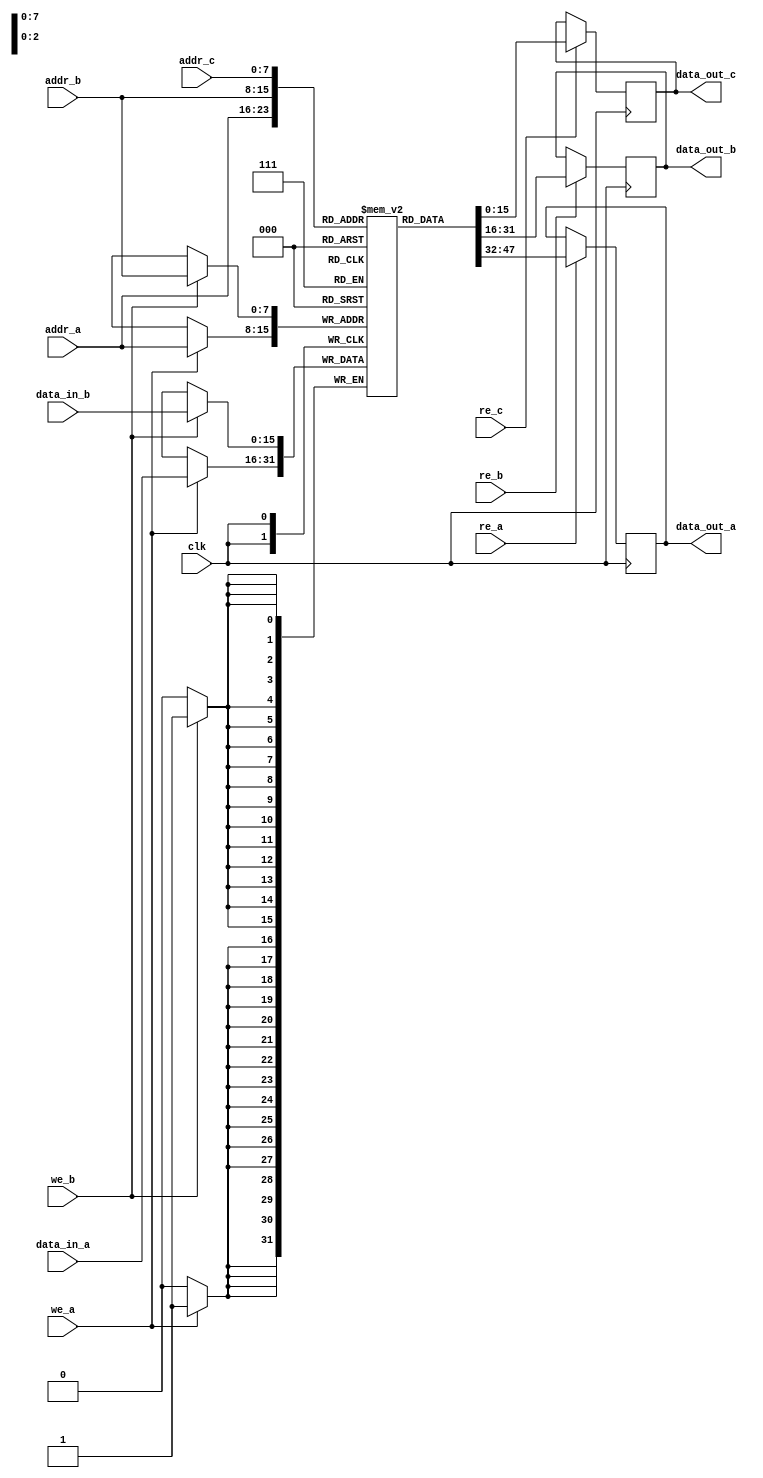
module triple_port_ram #(
    parameter ADDR_WIDTH = 8,    // Number of address bits
    parameter DATA_WIDTH = 16,    // Size of each memory cell
    parameter DEPTH = 256          // Depth of the memory
)(
    input  wire                  clk,         // Clock signal
    input  wire [ADDR_WIDTH-1:0] addr_a,     // Address for Port A
    input  wire [ADDR_WIDTH-1:0] addr_b,     // Address for Port B
    input  wire [ADDR_WIDTH-1:0] addr_c,     // Address for Port C
    input  wire [DATA_WIDTH-1:0] data_in_a,  // Data to write to Port A
    input  wire [DATA_WIDTH-1:0] data_in_b,  // Data to write to Port B
    output reg  [DATA_WIDTH-1:0] data_out_a, // Data output for Port A
    output reg  [DATA_WIDTH-1:0] data_out_b, // Data output for Port B
    output reg  [DATA_WIDTH-1:0] data_out_c, // Data output for Port C
    input  wire                  we_a,        // Write enable for Port A
    input  wire                  we_b,        // Write enable for Port B
    input  wire                  re_a,        // Read enable for Port A
    input  wire                  re_b,        // Read enable for Port B
    input  wire                  re_c         // Read enable for Port C
);

    // Memory array definition
    reg [DATA_WIDTH-1:0] ram [0:DEPTH-1];

    // Port A operations
    always @(posedge clk) begin
        // Handle writing for Port A
        if (we_a) begin
            ram[addr_a] <= data_in_a;    // Write data to RAM
        end
        // Handle reading for Port A
        if (re_a) begin
            data_out_a <= ram[addr_a];   // Read data from RAM
        end
    end

    // Port B operations
    always @(posedge clk) begin
        // Handle writing for Port B
        if (we_b) begin
            ram[addr_b] <= data_in_b;    // Write data to RAM
        end
        // Handle reading for Port B
        if (re_b) begin
            data_out_b <= ram[addr_b];   // Read data from RAM
        end
    end

    // Port C operations
    always @(posedge clk) begin
        // Handle reading for Port C
        if (re_c) begin
            data_out_c <= ram[addr_c];   // Read data from RAM
        end
    end

endmodule